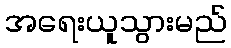
အရေးယူသွားမည်